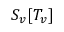
S _ { v } [ T _ { v } ]